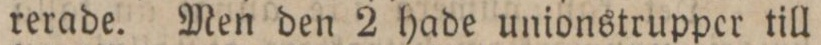
rerade. Men den 2 hade unionstrupper till